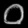
Digit: ၀